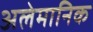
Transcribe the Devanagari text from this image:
अलेमानिक